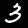
Label: 3